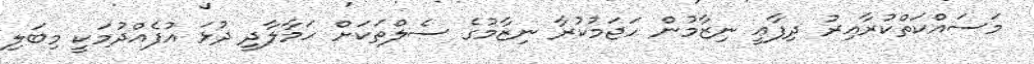
މަސައްކަތްކުރާއިރު ދިފާޢީ ނިޒާމުން ހަޖަމުކުރާ ނިޒާމުގެ ސެލްތަކަށް ހަމާލާދީ ދުޅަ އުފެއްދުމަކީ މިބަލި